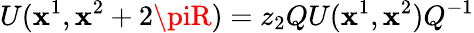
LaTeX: U(\mathbf{x}^{1},\mathbf{x}^{2}+2\piR)=z_{2}QU(\mathbf{x}^{1},\mathbf{x}^{2})Q^{-1}